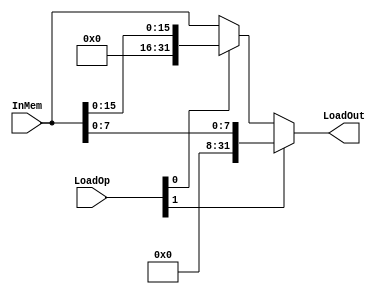
module Load( LoadOp, InMem, LoadOut);

	input [1:0] LoadOp;
	input [31:0] InMem;
	
	output [31:0] LoadOut;
		
	assign LoadOut = LoadOp[1] ? {24'd0, InMem[7:0]} : (LoadOp[0] ? {16'd0, InMem[15:0]} : InMem);
		
endmodule